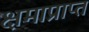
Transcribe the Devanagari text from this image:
क्षमाप्राप्त